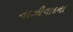
નાઝીવાદના